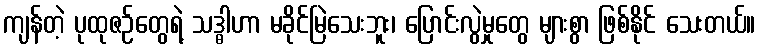
ကျန်တဲ့ ပုထုဇဉ်တွေရဲ့ သဒ္ဓါဟာ မခိုင်မြဲသေးဘူး၊ ပြောင်းလွဲမှုတွေ များစွာ ဖြစ်နိုင် သေးတယ်။